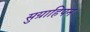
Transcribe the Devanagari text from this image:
सुग्राहिपन